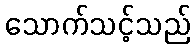
သောက်သင့်သည်